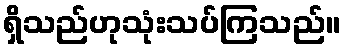
ရှိသည်ဟုသုံးသပ်ကြသည်။